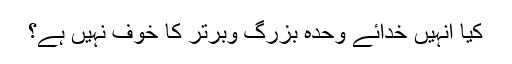
کیا انہیں خدائے وحدہ بزرگ وبرتر کا خوف نہیں ہے؟